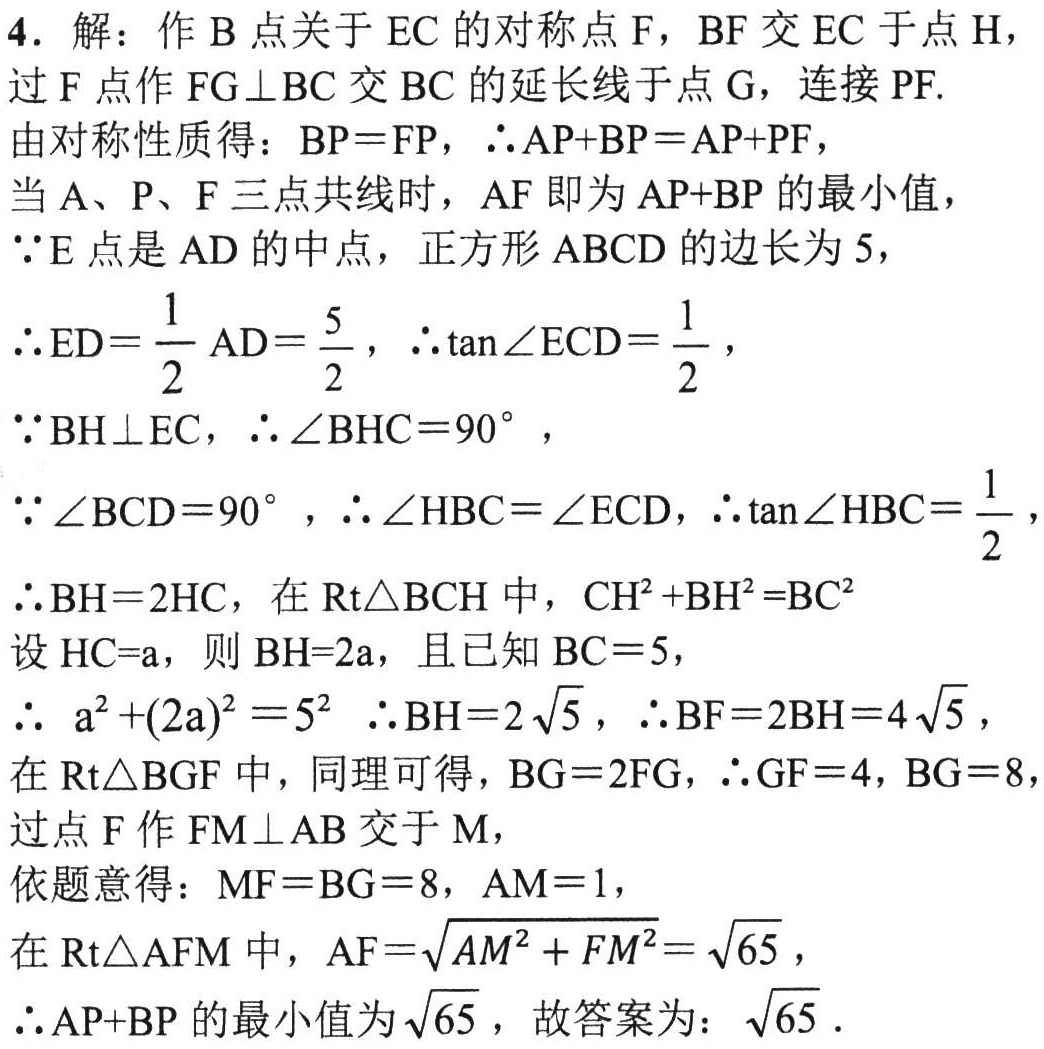
4. 解：作\(B\)点关于\(EC\)的对称点\(F\)，\(BF\)交\(EC\)于点\(H\)，
过\(F\)点作\(FG\perp BC\)交\(BC\)的延长线于点\(G\)，连接\(PF\).
由对称性质得：\(BP = FP\)，\(\therefore AP + BP = AP + PF\)，
当\(A\)、\(P\)、\(F\)三点共线时，\(AF\)即为\(AP + BP\)的最小值，
\(\because E\)点是\(AD\)的中点，正方形\(ABCD\)的边长为\(5\)，
\(\therefore ED=\frac{1}{2}AD = \frac{5}{2}\)，\(\therefore\tan\angle ECD=\frac{1}{2}\)，
\(\because BH\perp EC\)，\(\therefore\angle BHC = 90^{\circ}\)，
\(\because\angle BCD = 90^{\circ}\)，\(\therefore\angle HBC=\angle ECD\)，\(\therefore\tan\angle HBC=\frac{1}{2}\)，
\(\therefore BH = 2HC\)，在\(Rt\triangle BCH\)中，\(CH^{2}+BH^{2}=BC^{2}\)
设\(HC = a\)，则\(BH = 2a\)，且已知\(BC = 5\)，
\(\therefore\ a^{2}+(2a)^{2}=5^{2}\ \therefore BH = 2\sqrt{5}\)，\(\therefore BF = 2BH = 4\sqrt{5}\)，
在\(Rt\triangle BGF\)中，同理可得，\(BG = 2FG\)，\(\therefore GF = 4\)，\(BG = 8\)
过点\(F\)作\(FM\perp AB\)交于\(M\)，
依题意得：\(MF = BG = 8\)，\(AM = 1\)，
在\(Rt\triangle AFM\)中，\(AF=\sqrt{AM^{2}+FM^{2}}=\sqrt{65}\)，
\(\therefore AP + BP\)的最小值为\(\sqrt{65}\)，故答案为：\(\sqrt{65}\).